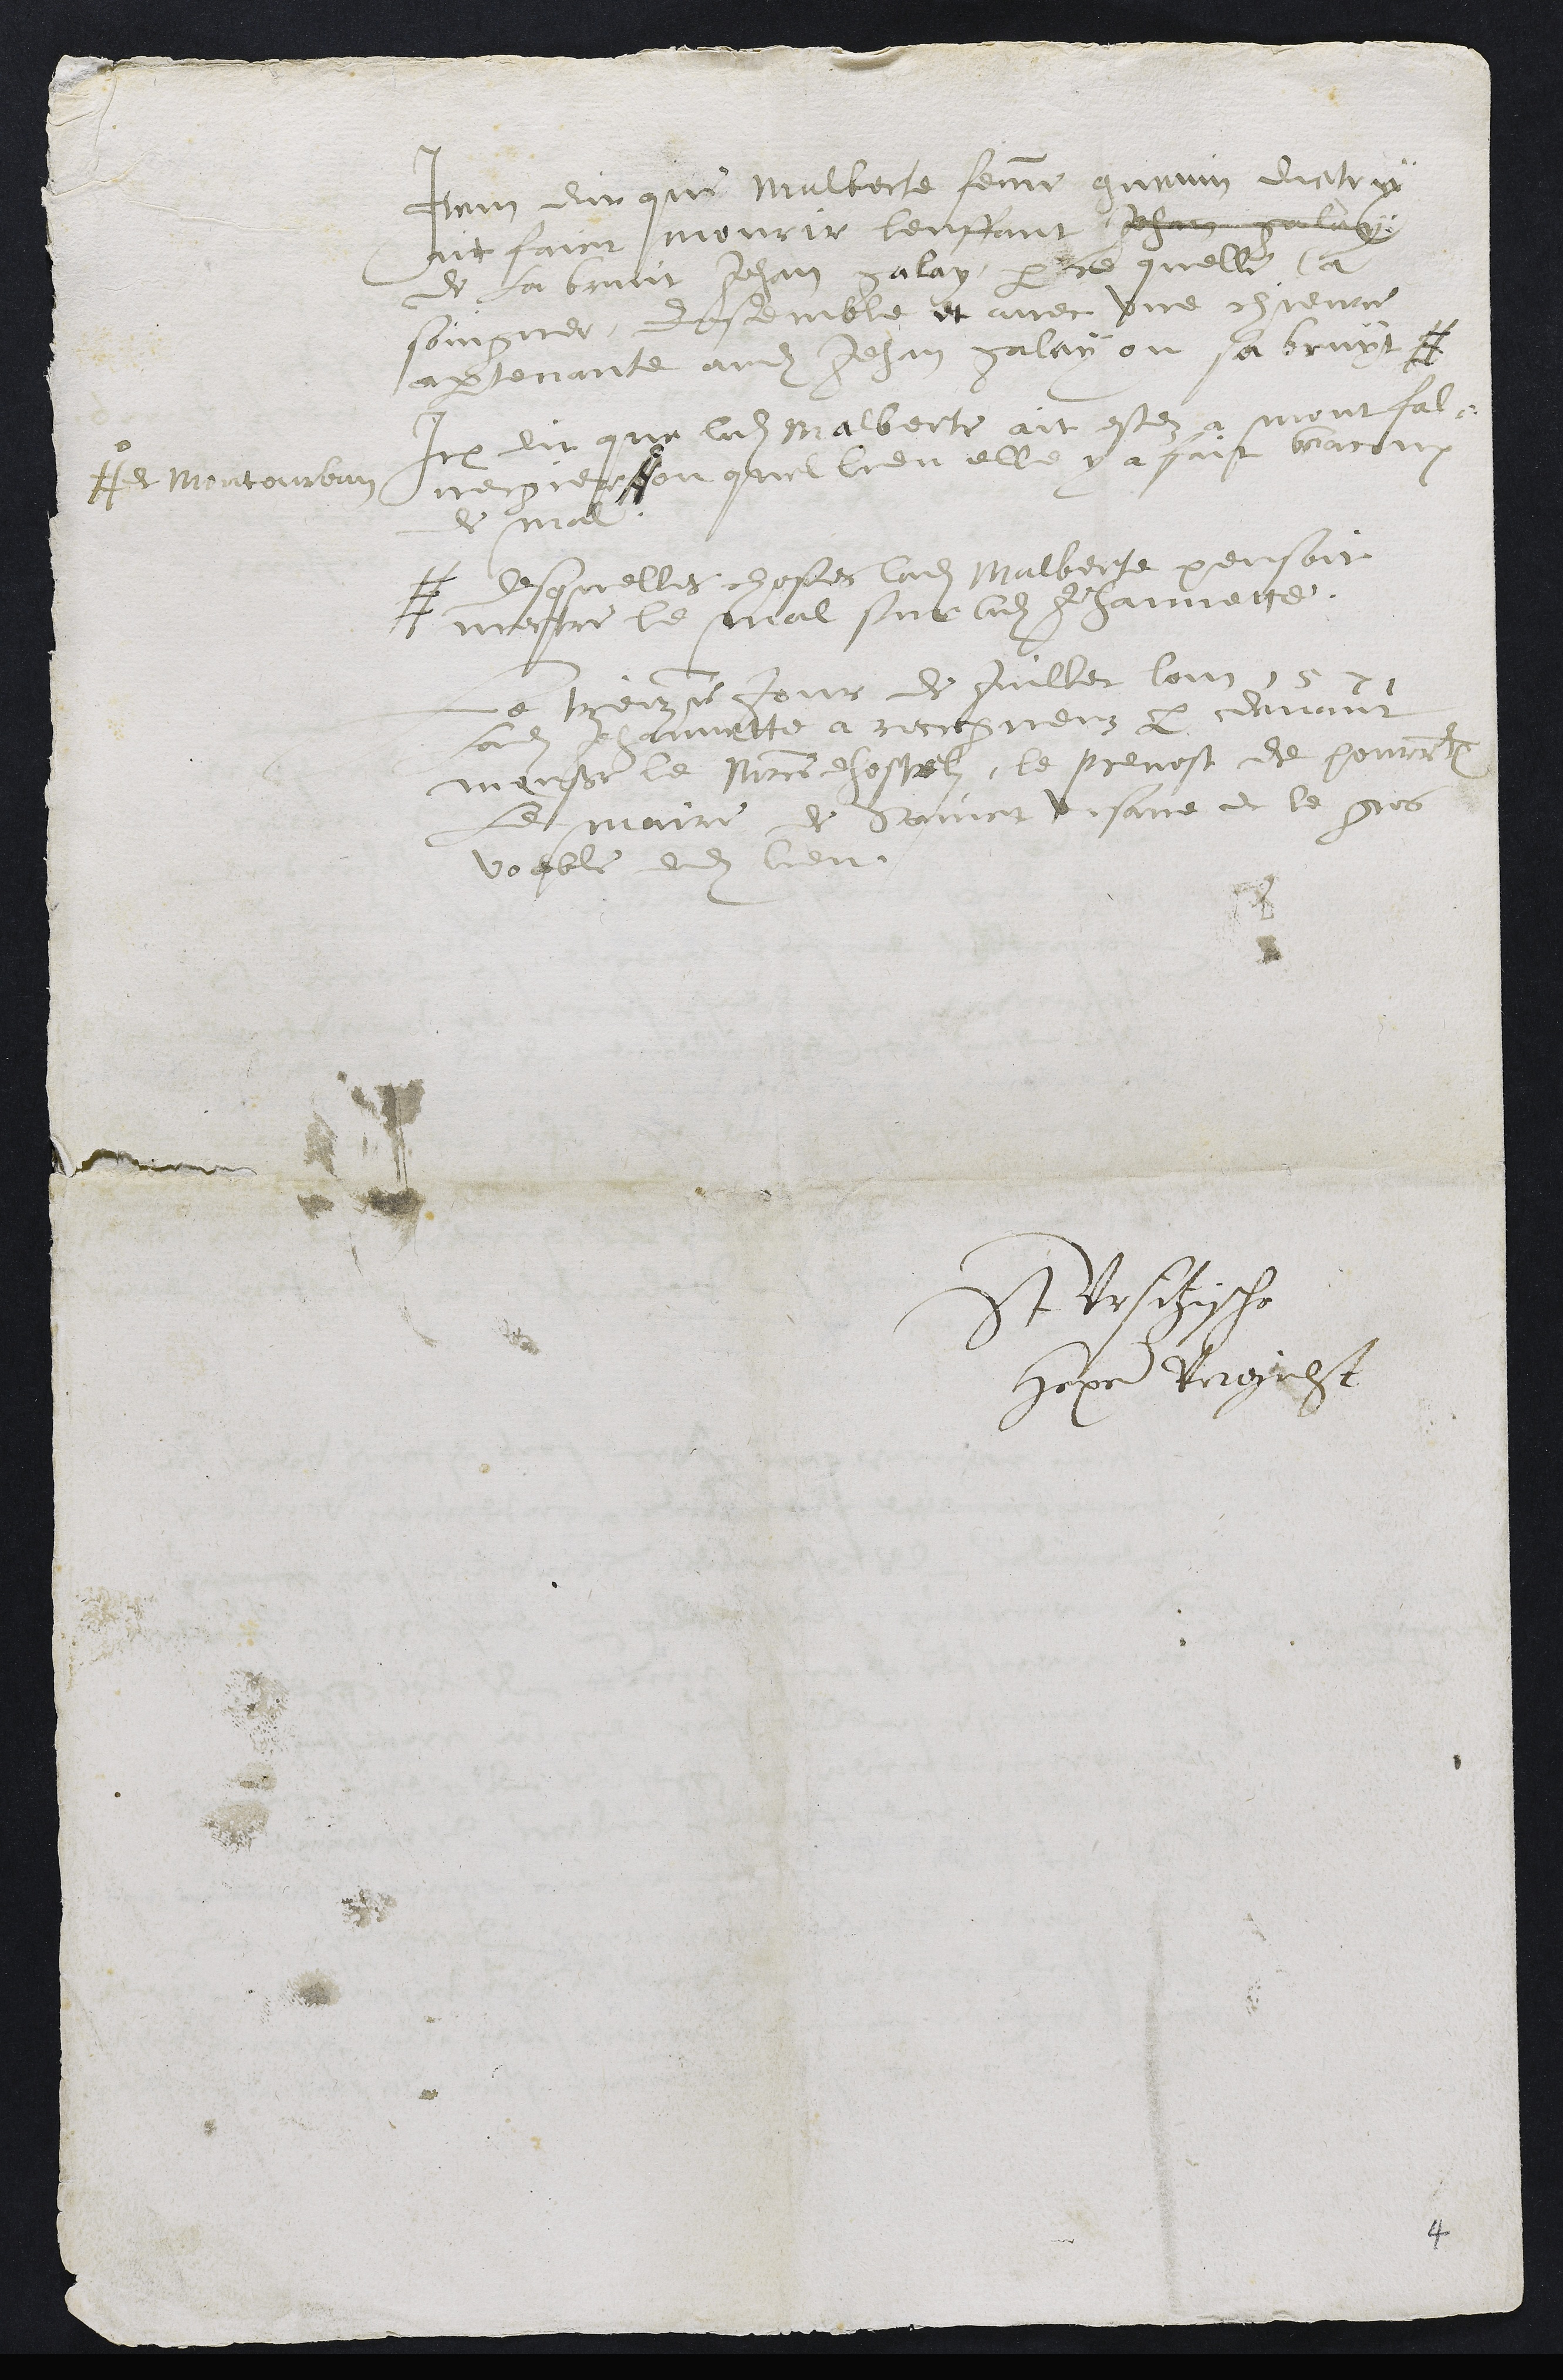
Item dit que Malberte femme guenin dietry
ait faict mourir lenffant Jehan galay
de la bruit Jehan galay, parce quelle la
soingner, enssemble et avec une chievre
apartenante audit Jehan galay ou sa bruyt #
# desquelles choses ladite Malberte pensoit
mectre le mal sur ladite Jehannette.
Item dit que ladite Malberte ait estez a montfal-
vergier #
# et Montourban
au quel lieu elle y a fait beacoup
de mal.
Le treizieme jour de juillet lan 1571
ladite Jehannette à recongneuz par devant
monsieur le maistre dhostel, le prevost de pourrentruy
le maire de Sainct Ursane et le gros
voeble dudit lieu
St Ursitzische
Hexe Vergicht